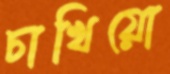
চাখিয়ো